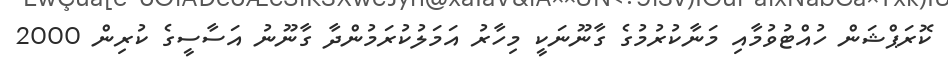
ކޮރަޕްޝަން ހުއްޓުވުމާއި މަނާކުރުމުގެ ގާނޫނަކީ މިހާރު އަމަލުކުރަމުންދާ ގާނޫނު އަސާސީގެ ކުރިން 2000